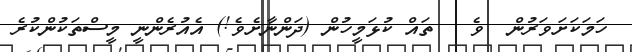
ހަމަކަށަވަރުން  ވެ   ތައް ކުޅަމީހުން (ދަންނާށެވެ!) އެއުރެންނީ މީސްތަކުންކުރެ